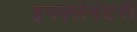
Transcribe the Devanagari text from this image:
इनफ्लेमेटरी